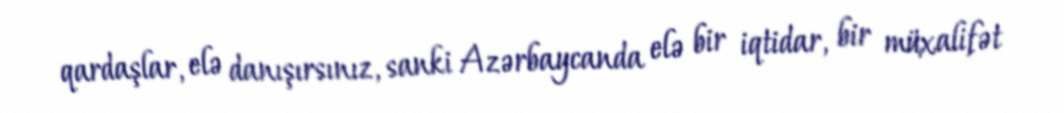
qardaşlar, elə danışırsınız, sanki Azərbaycanda elə bir iqtidar, bir müxalifət